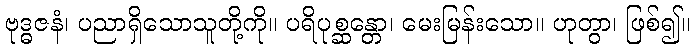
ဗုဒ္ဓဇနံ၊ ပညာရှိသောသူတို့ကို။ ပရိပုစ္ဆန္တော၊ မေးမြန်းသော။ ဟုတွာ၊ ဖြစ်၍။